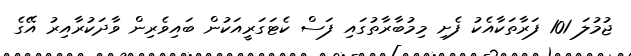
ޖުމުލަ 101 ފަރާތަކާއެކު ފެށި މިމުބާރާތުގައި ފަސް ކެޓަގަރީއަކުން ބައިވެރިން ވާދަކުރާއިރު އޭގެ